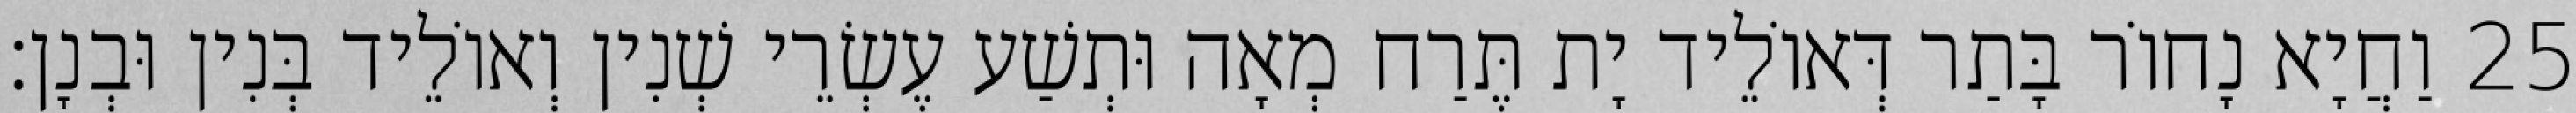
25 וַחֲיָא נָחוֹר בָּתַר דְּאוֹלֵיד יָת תֶּרַח מְאָה וּתְשַׁע עֶשְׂרֵי שְׁנִין וְאוֹלֵיד בְּנִין וּבְנָן׃